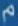
م